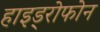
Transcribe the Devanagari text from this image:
हाइड्रोफोन